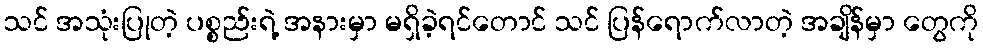
သင် အသုံးပြုတဲ့ ပစ္စည်းရဲ့ အနားမှာ မရှိခဲ့ရင်တောင် သင် ပြန်ရောက်လာတဲ့ အချိန်မှာ တွေကို